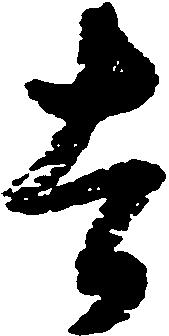
吉